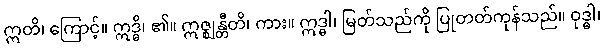
ဣတိ၊ ကြောင့်။ ဣဒ္ဓိ၊ ၏။ ဣဇ္ဈန္တီတိ၊ ကား။ ဣဒ္ဓါ၊ မြတ်သည်ကို ပြုတတ်ကုန်သည်။ ဝုဒ္ဓါ၊